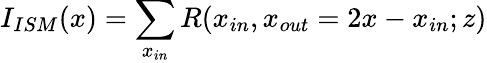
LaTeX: I_{ISM}(x)=\displaystyle\sum_{x_{in}}R(x_{in},x_{out}=2x-x_{in};z)